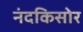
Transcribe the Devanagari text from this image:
नंदकिसोर